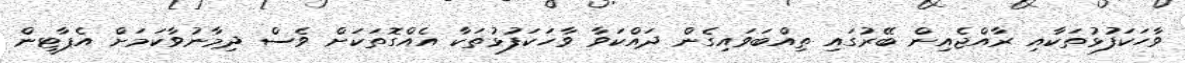
ވާހަކަފުޅުތަކާއި ރާއްޖެއިން ބޭރުގައި ތިއްބަވައިގެން ދައްކަވާ ވާހަކަފުޅުތަކާ އެއްގޮތަކަށް ވެސް ދިމާނުވާކަމަށް އެޕާޓީން